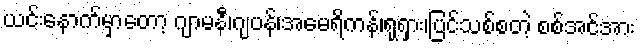
ယင်းနောက်မှာတော့ ဂျာမနီ၊ဂျပန်၊အမေရိကန်၊ရုရှား၊ပြင်သစ်စတဲ့ စစ်အင်အား